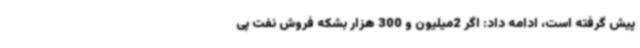
پیش گرفته است، ادامه داد: اگر 2میلیون و 300 هزار بشکه فروش نفت پی